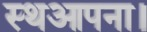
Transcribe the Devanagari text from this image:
स्थआपना।